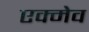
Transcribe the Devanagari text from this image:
एक्मेव